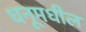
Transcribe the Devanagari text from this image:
धनूमधील